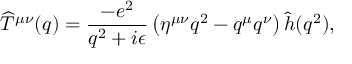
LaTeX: \widehat T ^ { \mu \nu } ( q ) = { \frac { - e ^ { 2 } } { q ^ { 2 } + i \epsilon } } \left( \eta ^ { \mu \nu } q ^ { 2 } - q ^ { \mu } q ^ { \nu } \right) \hat { h } ( q ^ { 2 } ) ,